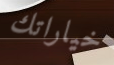
خياراتك